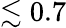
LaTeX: \lesssim 0.7